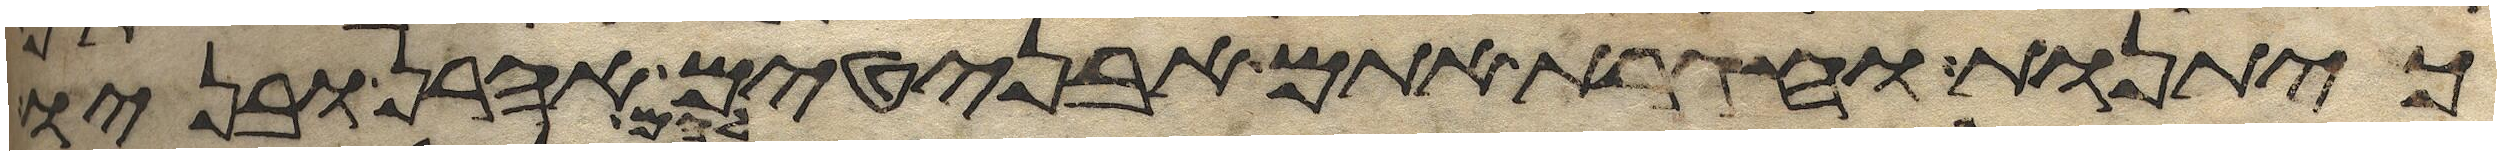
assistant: כיתנות וחגרת אתם אבניטים אהרן ובניו